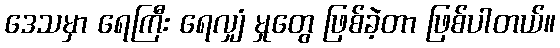
ဒေသမှာ ရေကြီး ရေလျှံ မှုတွေ ဖြစ်ခဲ့တာ ဖြစ်ပါတယ်။